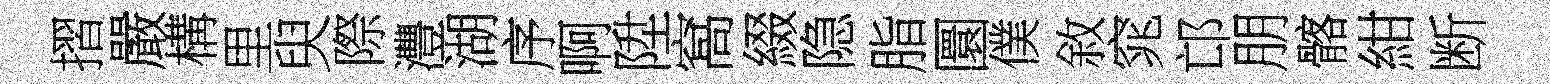
摺嚴構里臾際灃湖序啊陞窩綴隐脂圜僕敘窕邙朋髂紺断